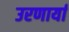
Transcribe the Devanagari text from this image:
उरणार्या